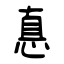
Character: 惪